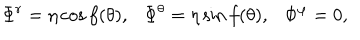
LaTeX: \Phi ^ { r } = \eta \cos f ( \theta ) , \Phi ^ { \theta } = \eta \sin f ( \theta ) , \Phi ^ { \varphi } = 0 ,